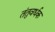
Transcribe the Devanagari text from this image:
तंतुवर्धक